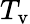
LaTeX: T_{\mathrm{v}}